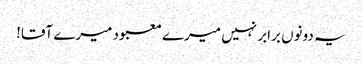
یہ دونوں برابر نہیں میرے معبود میرے آقا!